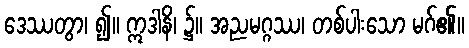
ဒေဿတွာ၊ ၍။ ဣဒါနိ၊ ၌။ အညမဂ္ဂဿ၊ တစ်ပါးသော မဂ်၏။